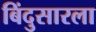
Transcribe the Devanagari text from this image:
बिंदुसारला